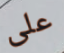
على